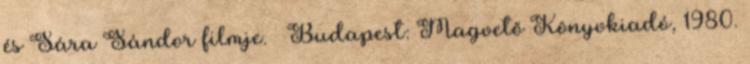
és Sára Sándor filmje. – Budapest: Magvető Könyvkiadó, 1980.